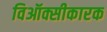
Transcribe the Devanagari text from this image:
विऑक्सीकारक